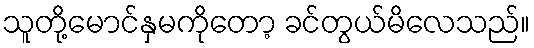
သူတို့မောင်နှမကိုတော့ ခင်တွယ်မိလေသည်။